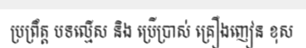
ប្រព្រឹត្ត បទល្មើស និង ប្រើប្រាស់ គ្រឿងញៀន ខុស